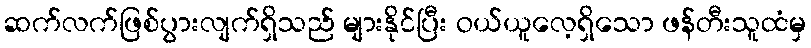
ဆက်လက်ဖြစ်ပွားလျက်ရှိသည် များနိုင်ပြီး ဝယ်ယူလေ့ရှိသော ဖန်တီးသူထံမှ